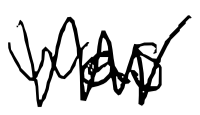
Text: was
Cross-out: zig-zag
Writing tool: digital_black